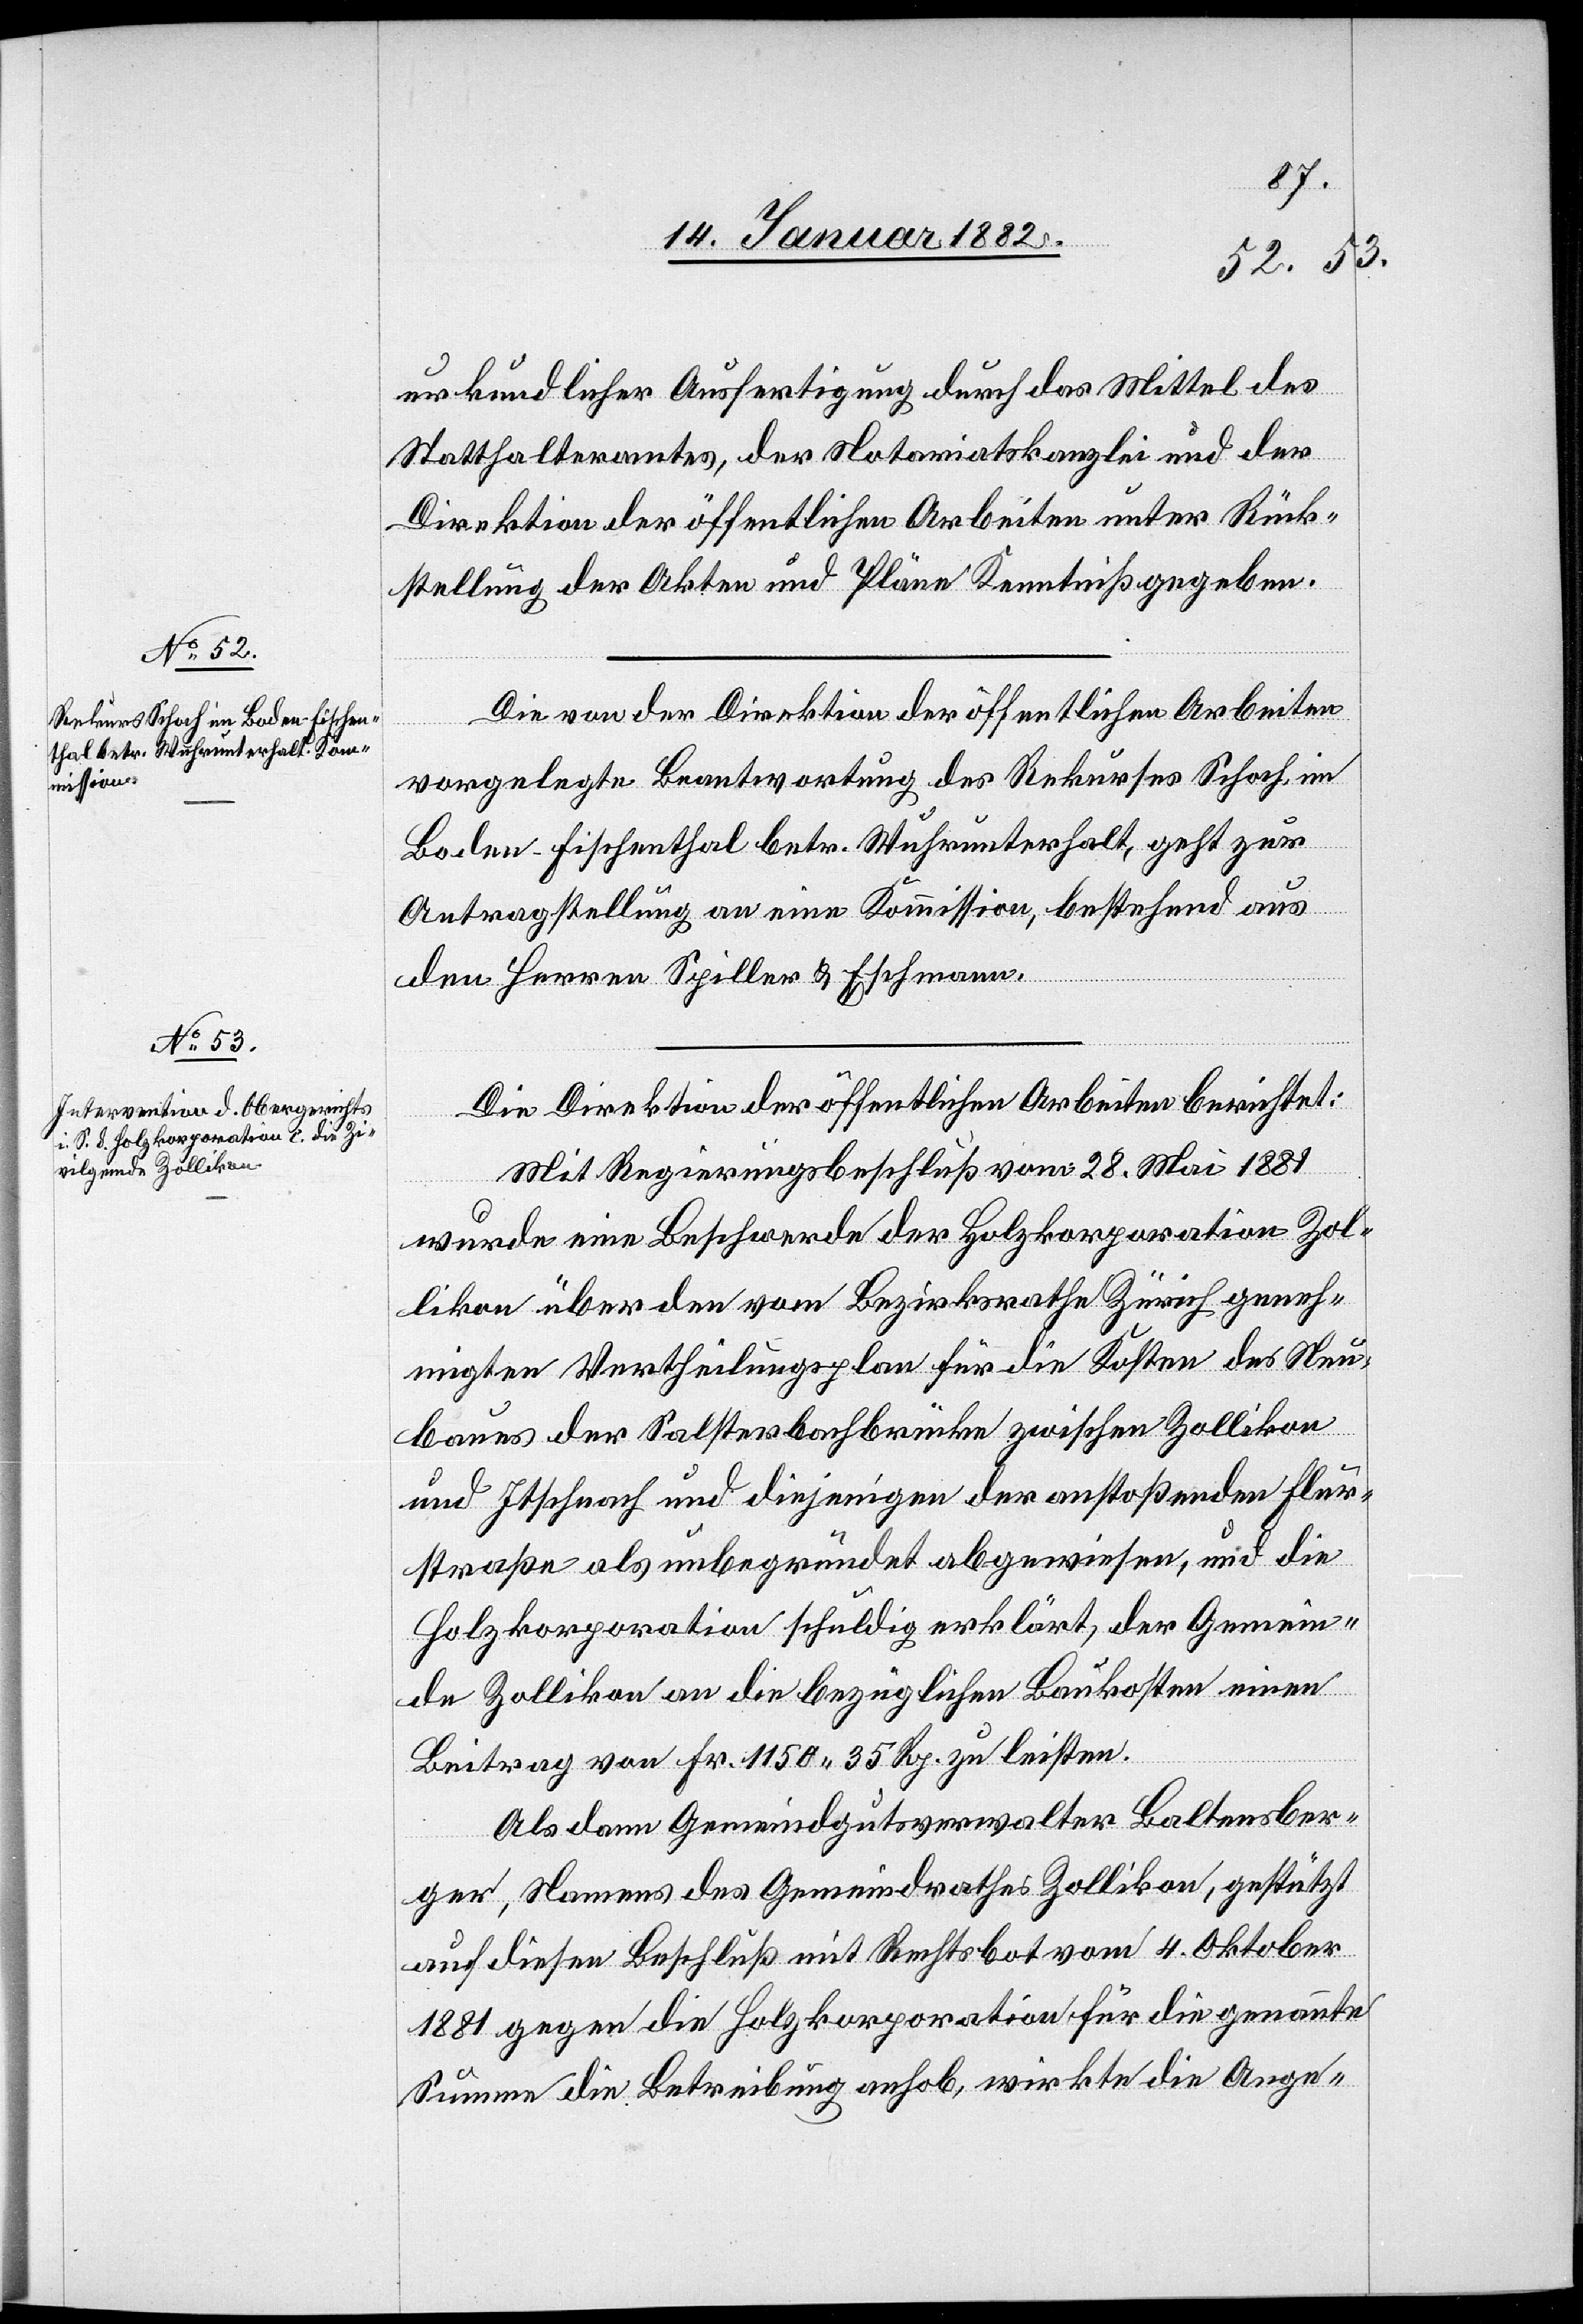
urkundlicher Ausfertigung durch das Mittel des
Statthalteramtes, der Notariatskanzlei und der
Direktion der öffentlichen Arbeiten unter Rück¬
stellung der Akten und Pläne Kenntniß gegeben.
Die von der Direktion der öffentlichen Arbeiten
vorgelegte Beantwortung des Rekurses Schoch, im
Boden- Fischenthal betr. Wuhrunterhalt, geht zur
Antragstellung an eine Kommission, bestehend aus
den Herren Spiller & Eschmann.
Die Direktion der öffentlichen Arbeiten berichtet:
Mit Regierungsbeschluß vom 28. Mai 1881
wurde eine Beschwerde der Holzkorporation Zol¬
likon über den vom Bezirksrath Zürich geneh¬
migten Vertheilungsplan für die Kosten des Neu¬
baues der Salsterbachbrücke zwischen Zollikon
und Itschnach und diejenigen der anstoßenden Flur¬
straße als unbegründet abgewiesen, und die
Holzkorporation schuldig erklärt, der Gemein¬
de Zollikon an die bezüglichen Baukosten einen
Beitrag von Fr. 1150 35 Rp. zu leisten.
Als dem Gemeindgutsverwalter Baltensber¬
ger, Nahmens des Gemeindrathes Zollikon, gestützt
auf diesen Beschluß mit Rechtsbot vom 4. Oktober
1881 gegen die Holzkorporation für die genannte
Summe die Betreibung anhob, wirkte die Ange-